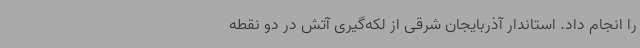
را انجام داد. استاندار آذربایجان شرقی از لکه‌گیری آتش در دو نقطه